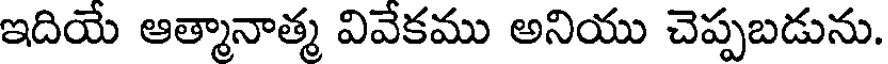
ఇదియే ఆత్మానాత్మ వివేకము అనియు చెప్పబడును.